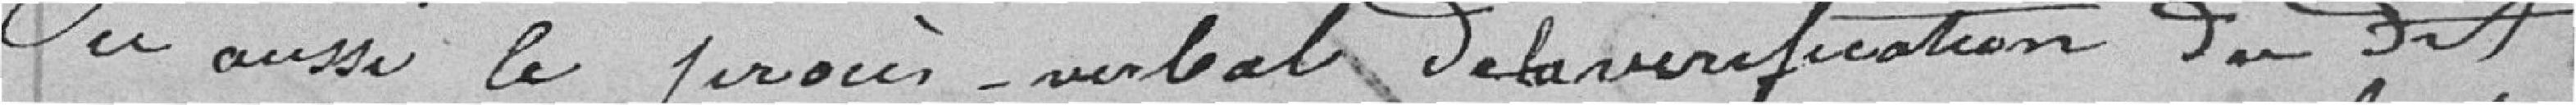
aussi le procès-verbal de la vérification du dit